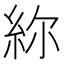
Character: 𥿜